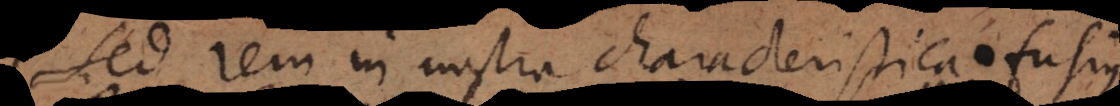
Sed rem in nostra characteristica fusius